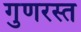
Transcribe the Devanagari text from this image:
गुणरस्त